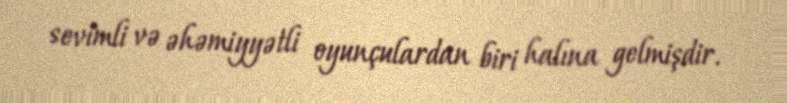
sevimli və əhəmiyyətli oyunçulardan biri halına gelmişdir.